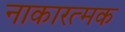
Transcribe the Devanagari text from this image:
नाकारत्मक